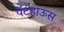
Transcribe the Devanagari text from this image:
पेंटहाऊस